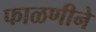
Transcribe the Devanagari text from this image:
फाळणीने